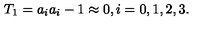
T _ { 1 } = a _ { i } a _ { i } - 1 \approx 0 , i = 0 , 1 , 2 , 3 .